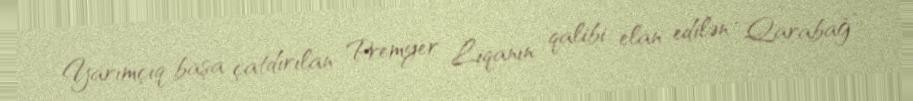
Yarımçıq başa çatdırılan Premyer Liqanın qalibi elan edilən “Qarabağ”